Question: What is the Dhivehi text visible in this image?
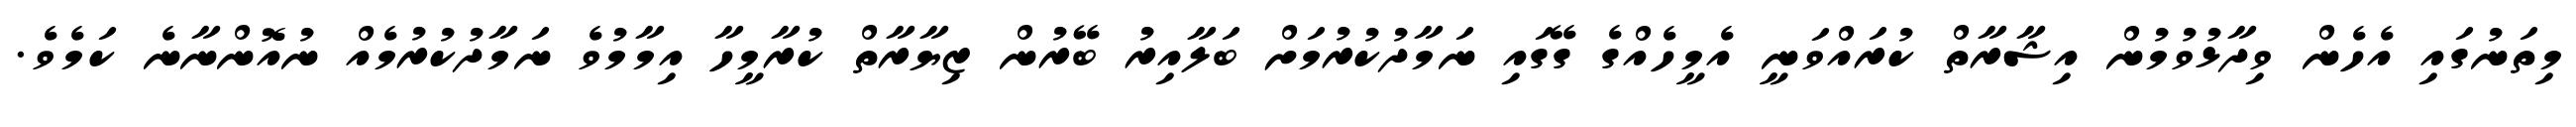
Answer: މިތަނުގައި އެހެން ވިދާޅުވުމުން އިޝާރާތް ކުރައްވަނީ އެމީހެއްގެ ގޭގައި ނަމާދުކުރުމަށް ބަލާއިރު ބޭރުން ޒިޔާރާތް ކުރާމީހާ އިމާމުވެ ނަމާދުކުރުމެއް ނުއޮންނާނެ ކަމެވެ.